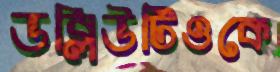
ডব্লিউটিওকে